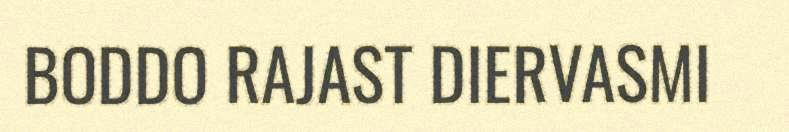
BODDO RAJAST DIERVASMI